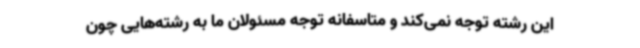
این رشته توجه نمی‌کند و متاسفانه توجه مسئولان ما به رشته‌هایی چون